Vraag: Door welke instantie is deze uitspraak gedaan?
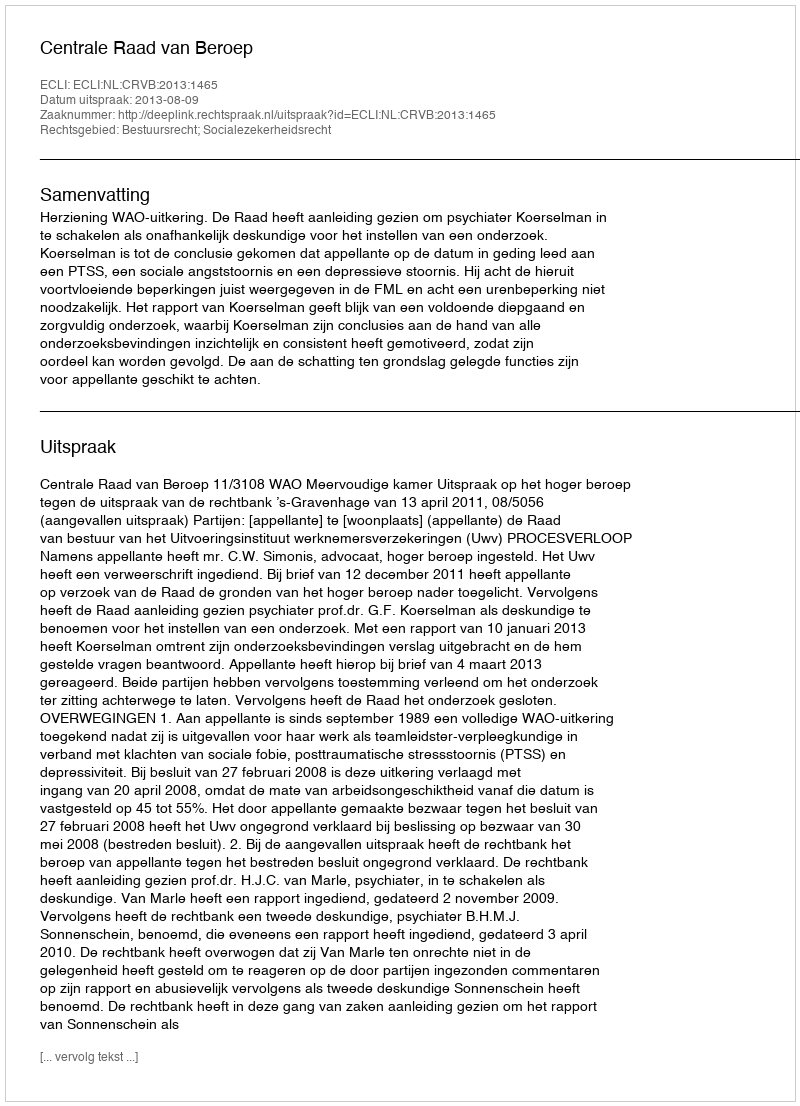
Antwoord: Centrale Raad van Beroep